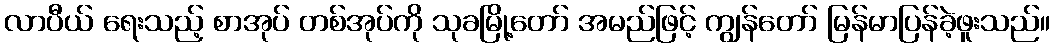
လာပီယ် ရေးသည့် စာအုပ် တစ်အုပ်ကို သုခမြို့တော် အမည်ဖြင့် ကျွန်တော် မြန်မာပြန်ခဲ့ဖူးသည်။